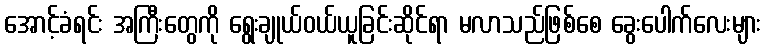
အောင့်ခံရင်း အကြီးတွေကို ရွေးချုယ်ဝယ်ယူခြင်းဆိုင်ရာ မလာသည်ဖြစ်စေ ခွေးပေါက်လေးများ